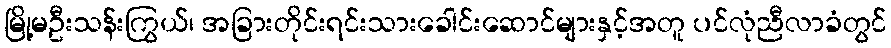
မြို့မဦးသန်းကြွယ်၊ အခြားတိုင်းရင်းသားခေါင်းဆောင်များနှင့်အတူ ပင်လုံညီလာခံတွင်